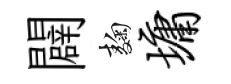
闢麹墉